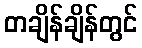
တချိန်ချိန်တွင်